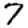
Digit: 7